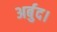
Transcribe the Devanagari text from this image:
अर्बुद।